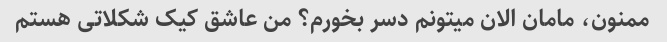
ممنون، مامان الان میتونم دسر بخورم؟ من عاشق کیک شکلاتی هستم